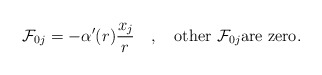
\begin{align*}{\cal F}_{0j}=-\alpha'(r)\frac{x_j}r \quad,\quad \mbox{other ${\cal F}_{0j}$are zero}.\end{align*}